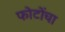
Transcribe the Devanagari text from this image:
फोटोंचा